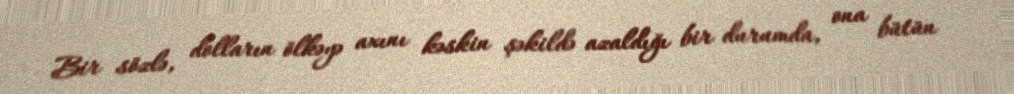
Bir sözlə, dolların ölkəyə axını kəskin şəkildə azaldığı bir durumda, ona bütün